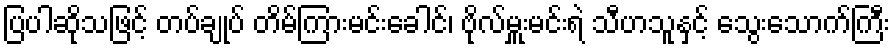
ပြပါဆိုသဖြင့် တပ်ချုပ် တိမ်ကြားမင်းခေါင်၊ ဗိုလ်မှူးမင်းရဲ သီဟသူနှင့် သွေးသောက်ကြီး